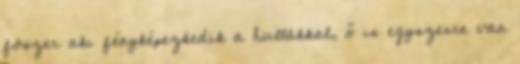
fószer aki fényképezkedik a hullákkal, ő is egyszerre van